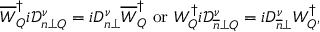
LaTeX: \overline { { { W } } } _ { Q } ^ { \dagger } i \mathcal { D } _ { n \perp Q } ^ { \nu } = i D _ { n \perp } ^ { \nu } \overline { { { W } } } _ { Q } ^ { \dagger } \ \mathrm { o r } \ W _ { Q } ^ { \dagger } i \mathcal { D } _ { \overline { { { n } } } \perp Q } ^ { \nu } = i D _ { \overline { { { n } } } \perp } ^ { \nu } W _ { Q } ^ { \dagger } ,